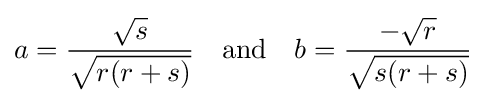
a={\frac {\sqrt {s}}{\sqrt {r(r+s)}}}\quad {\text{and}}\quad b={\frac {-{\sqrt {r}}}{\sqrt {s(r+s)}}}